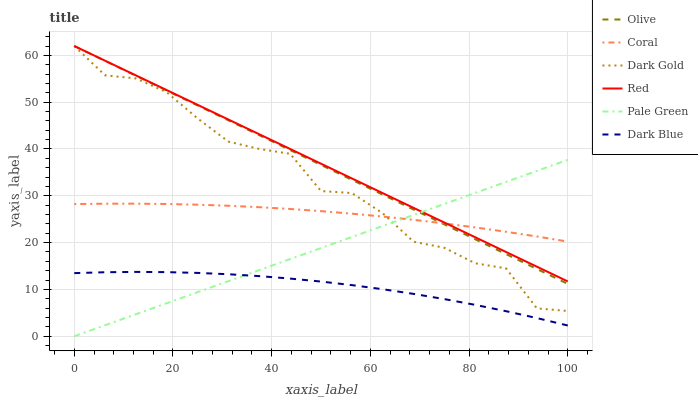
| xaxis_label | Olive | Coral | Dark Gold | Red | Pale Green | Dark Blue |
 | --- | --- | --- | --- | --- | --- | --- |
 | 0 | 62 | 28.2 | 62 | 62 | 0 | 13.5 |
 | 6.25 | 58.8 | 28.3 | 55.7 | 58.9 | 2.36 | 13.7 |
 | 12.5 | 55.6 | 28.3 | 55.1 | 55.7 | 4.71 | 13.7 |
 | 18.8 | 52.5 | 28.3 | 52.1 | 52.6 | 7.07 | 13.7 |
 | 25 | 49.3 | 28.1 | 46.5 | 49.4 | 9.42 | 13.5 |
 | 31.2 | 46.1 | 27.9 | 41.6 | 46.3 | 11.8 | 13.2 |
 | 37.5 | 42.9 | 27.6 | 40 | 43.1 | 14.1 | 12.8 |
 | 43.8 | 39.8 | 27.2 | 39 | 40 | 16.5 | 12.3 |
 | 50 | 36.6 | 26.7 | 31 | 36.9 | 18.8 | 11.7 |
 | 56.2 | 33.4 | 26.2 | 30.6 | 33.7 | 21.2 | 10.9 |
 | 62.5 | 30.2 | 25.6 | 26.3 | 30.6 | 23.6 | 10 |
 | 68.8 | 27.1 | 24.9 | 20.2 | 27.4 | 25.9 | 9.05 |
 | 75 | 23.9 | 24.1 | 18.9 | 24.3 | 28.3 | 7.94 |
 | 81.2 | 20.7 | 23.2 | 15.6 | 21.1 | 30.6 | 6.7 |
 | 87.5 | 17.5 | 22.3 | 14.5 | 18 | 33 | 5.35 |
 | 93.8 | 14.4 | 21.3 | 5.95 | 14.9 | 35.3 | 3.88 |
 | 100 | 11.2 | 20.2 | 5.4 | 11.7 | 37.7 | 2.29 |